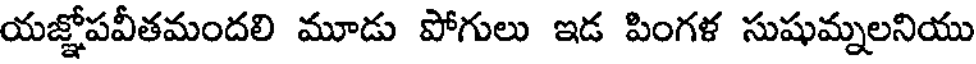
యజ్ఞోపవీతమందలి మూడు పోగులు ఇడ పింగళ సుషుమ్నలనియు